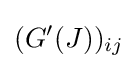
(G'(J))_{ij}